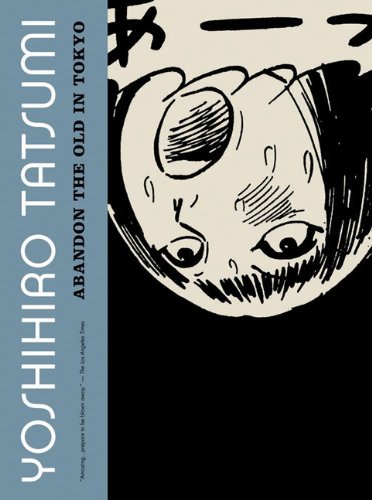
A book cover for Abandon the Old in Tokyo; Yoshihiro Tatsumi; Comics & Graphic Novels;